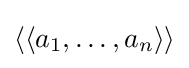
\langle \langle a_{1},\ldots ,a_{n}\rangle \rangle